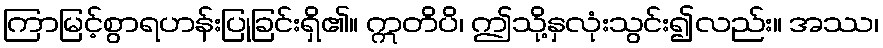
ကြာမြင့်စွာရဟန်းပြုခြင်းရှိ၏။ ဣတိပိ၊ ဤသို့နှလုံးသွင်း၍လည်း။ အဿ၊